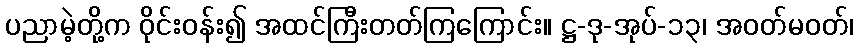
ပညာမဲ့တို့က ဝိုင်းဝန်း၍ အထင်ကြီးတတ်ကြကြောင်း။ ဋ္ဌ-ဒု-အုပ်-၁၃၊ အဝတ်မဝတ်၊